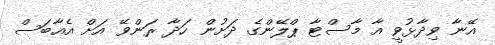
އޭނާ ވިދާޅުވީ އާ މާސްޓާ ޕްލޭންގެ ދަށުން ހަދާ ރަންވޭ އަށް އެއާބަސް